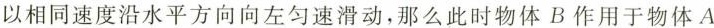
以相同速度沿水平方向向左匀速滑动，那么此时物体B作用于物体A